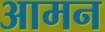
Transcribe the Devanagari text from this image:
आमन